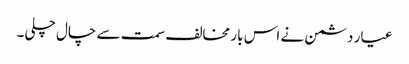
عیار دشمن نے اس بار مخالف سمت سے چال چلی۔